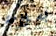
بسلامة